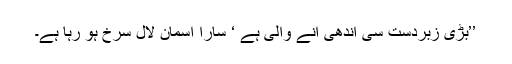
’’بڑی زبردست سی آندھی آنے والی ہے ‘ سارا آسمان لال سرخ ہو رہا ہے۔